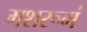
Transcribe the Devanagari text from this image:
मशरूमं